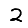
Digit: 2